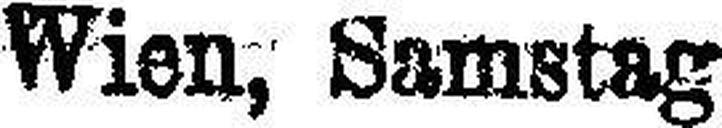
Wien, Samstag